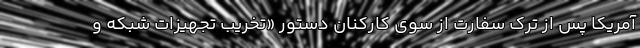
آمریکا پس از ترک سفارت از سوی کارکنان دستور «تخریب تجهیزات شبکه و